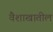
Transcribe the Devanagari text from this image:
वैशाखातील